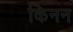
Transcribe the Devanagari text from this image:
किनन